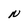
Character: N